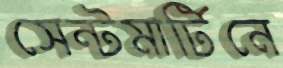
সেন্টমার্টিনে